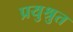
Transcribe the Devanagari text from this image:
प्रयुश्रुत